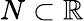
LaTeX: N\subset\mathbb{R}